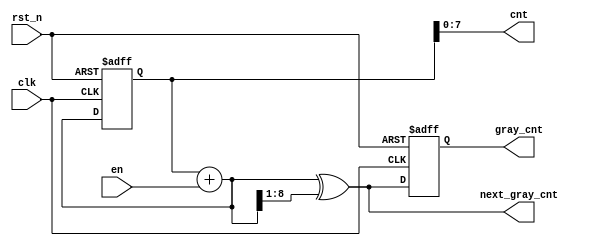
module rpc2_ctrl_fifo_gray_counter (
   // Outputs
   cnt, gray_cnt, next_gray_cnt, 
   // Inputs
   clk, rst_n, en
   );
   parameter WIDTH = 'd9;

   input clk;
   input rst_n;
//   input clr;
   input en;

   output [WIDTH-2:0] cnt;
   output [WIDTH-1:0] gray_cnt;
   output [WIDTH-1:0] next_gray_cnt;
   
   wire [WIDTH-1:0] next_cnt;
   wire [WIDTH-2:0] rshift_next_cnt;
   wire [WIDTH-1:0] next_gray_cnt;
   /*AUTOREG*/
   // Beginning of automatic regs (for this module's undeclared outputs)
   reg [WIDTH-1:0]      gray_cnt;
   // End of automatics
   reg [WIDTH-1:0] bin_cnt;

   assign cnt = bin_cnt[WIDTH-2:0];
   assign next_cnt = bin_cnt + en;
   assign rshift_next_cnt = (next_cnt>>1);
   assign next_gray_cnt = next_cnt ^ {1'b0, rshift_next_cnt};
         
   always @(posedge clk or negedge rst_n) begin
      if (~rst_n) begin
         bin_cnt <= {WIDTH{1'b0}};
         gray_cnt <= {WIDTH{1'b0}};
      end
//      else if (clr) begin
//       bin_cnt <= {WIDTH{1'b0}};
//       gray_cnt <= {WIDTH{1'b0}};
//      end
      else begin
         bin_cnt <= next_cnt[WIDTH-1:0];
         gray_cnt <= next_gray_cnt[WIDTH-1:0];
      end
   end
endmodule